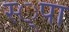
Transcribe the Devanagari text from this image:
स्‍्पा